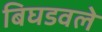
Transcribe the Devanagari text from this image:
बिघडवले